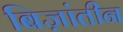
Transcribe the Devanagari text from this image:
बिज़ांतीन